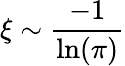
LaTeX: \xi\sim\frac{-1}{\ln(\pi)}